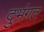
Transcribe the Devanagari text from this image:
दुभंगत